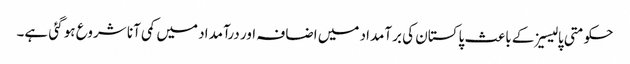
حکومتی پالیسیزکے باعث پاکستان کی برآمداد میں اضافہ اور درآمداد میں کمی آنا شروع ہو گئی ہے۔